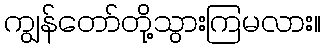
ကျွန်တော်တို့သွားကြမလား။